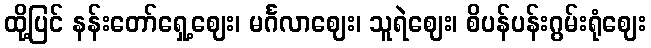
ထို့ပြင် နန်းတော်ရှေ့ဈေး၊ မင်္ဂလာဈေး၊ သူရဲဈေး၊ စိပန်ပန်းဂွမ်းရုံဈေး